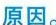
原因。